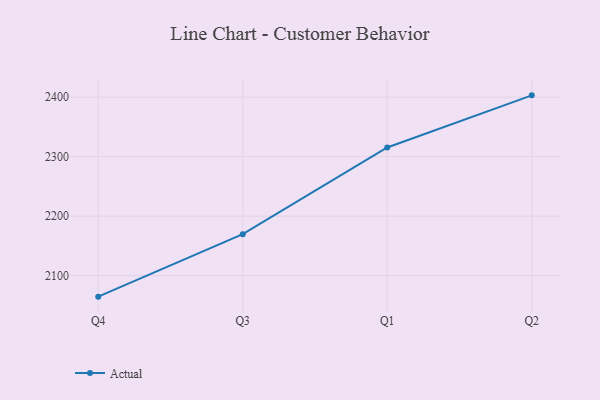
{"axis": {"x": "Quarter", "y": "Net Income (USD K)"}, "legend": ["Actual"], "data": [{"x": "Q4", "y": 2064.7, "type": "Actual"}, {"x": "Q3", "y": 2169.8, "type": "Actual"}, {"x": "Q1", "y": 2315.5, "type": "Actual"}, {"x": "Q2", "y": 2403.1, "type": "Actual"}]}